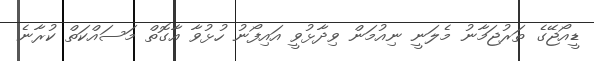
ޑީއޯޖޭގެ ތަރުޖަމާނު މެލަނީ ނިއުމަން ވިދާޅުވީ އައިފޯނު ހުޅުވާ އާގޮތް މަސައްކަތް ކުރާނެ